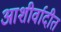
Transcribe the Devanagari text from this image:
आशीर्वादीत